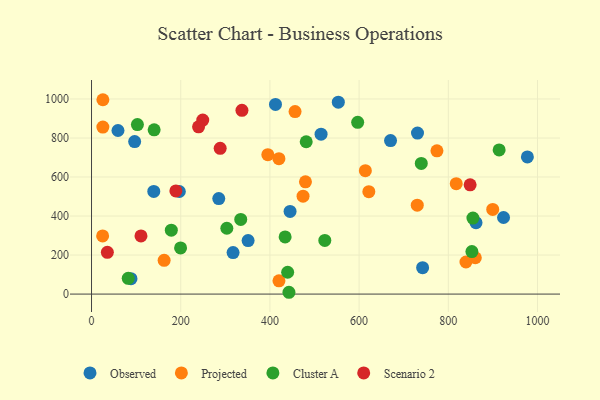
{"axis": {"x": "Investment", "y": "Yield"}, "legend": ["Cluster A", "Observed", "Projected", "Scenario 2"], "data": [{"x": "285.3", "y": 489.4, "type": "Observed"}, {"x": "139.6", "y": 526.2, "type": "Observed"}, {"x": "317.4", "y": 212.8, "type": "Observed"}, {"x": "730.9", "y": 825.0, "type": "Observed"}, {"x": "96.7", "y": 781.5, "type": "Observed"}, {"x": "923.8", "y": 392.5, "type": "Observed"}, {"x": "88.5", "y": 79.1, "type": "Observed"}, {"x": "351.1", "y": 274.2, "type": "Observed"}, {"x": "742.4", "y": 135.2, "type": "Observed"}, {"x": "412.5", "y": 972.2, "type": "Observed"}, {"x": "59.3", "y": 838.3, "type": "Observed"}, {"x": "862.1", "y": 366.0, "type": "Observed"}, {"x": "445.2", "y": 423.7, "type": "Observed"}, {"x": "977.3", "y": 703.0, "type": "Observed"}, {"x": "553.4", "y": 983.8, "type": "Observed"}, {"x": "196.9", "y": 525.8, "type": "Observed"}, {"x": "670.5", "y": 787.0, "type": "Observed"}, {"x": "514.7", "y": 819.5, "type": "Observed"}, {"x": "621.8", "y": 524.8, "type": "Projected"}, {"x": "24.9", "y": 298.2, "type": "Projected"}, {"x": "730.4", "y": 455.7, "type": "Projected"}, {"x": "395.3", "y": 714.4, "type": "Projected"}, {"x": "860.6", "y": 186.2, "type": "Projected"}, {"x": "479.7", "y": 575.2, "type": "Projected"}, {"x": "614.0", "y": 632.5, "type": "Projected"}, {"x": "456.4", "y": 935.3, "type": "Projected"}, {"x": "25.5", "y": 996.1, "type": "Projected"}, {"x": "162.8", "y": 173.2, "type": "Projected"}, {"x": "474.3", "y": 502.0, "type": "Projected"}, {"x": "420.2", "y": 694.1, "type": "Projected"}, {"x": "899.6", "y": 433.9, "type": "Projected"}, {"x": "774.5", "y": 734.4, "type": "Projected"}, {"x": "839.6", "y": 164.4, "type": "Projected"}, {"x": "817.8", "y": 566.0, "type": "Projected"}, {"x": "25.4", "y": 856.1, "type": "Projected"}, {"x": "420.3", "y": 67.8, "type": "Projected"}, {"x": "178.9", "y": 327.8, "type": "Cluster A"}, {"x": "199.7", "y": 236.8, "type": "Cluster A"}, {"x": "739.4", "y": 669.7, "type": "Cluster A"}, {"x": "439.8", "y": 112.0, "type": "Cluster A"}, {"x": "523.1", "y": 275.1, "type": "Cluster A"}, {"x": "434.1", "y": 292.9, "type": "Cluster A"}, {"x": "334.6", "y": 382.5, "type": "Cluster A"}, {"x": "140.4", "y": 841.9, "type": "Cluster A"}, {"x": "914.0", "y": 739.0, "type": "Cluster A"}, {"x": "852.9", "y": 217.8, "type": "Cluster A"}, {"x": "303.4", "y": 337.5, "type": "Cluster A"}, {"x": "855.2", "y": 389.8, "type": "Cluster A"}, {"x": "82.3", "y": 80.8, "type": "Cluster A"}, {"x": "596.8", "y": 880.3, "type": "Cluster A"}, {"x": "442.7", "y": 9.3, "type": "Cluster A"}, {"x": "481.4", "y": 780.8, "type": "Cluster A"}, {"x": "102.9", "y": 868.8, "type": "Cluster A"}, {"x": "288.5", "y": 746.8, "type": "Scenario 2"}, {"x": "35.5", "y": 214.1, "type": "Scenario 2"}, {"x": "189.1", "y": 528.9, "type": "Scenario 2"}, {"x": "249.4", "y": 892.0, "type": "Scenario 2"}, {"x": "110.9", "y": 297.9, "type": "Scenario 2"}, {"x": "240.0", "y": 857.3, "type": "Scenario 2"}, {"x": "337.3", "y": 941.9, "type": "Scenario 2"}, {"x": "848.9", "y": 560.1, "type": "Scenario 2"}]}